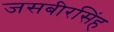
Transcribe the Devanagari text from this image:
जसबीरसिंह